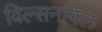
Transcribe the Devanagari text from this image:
विल्सनविल